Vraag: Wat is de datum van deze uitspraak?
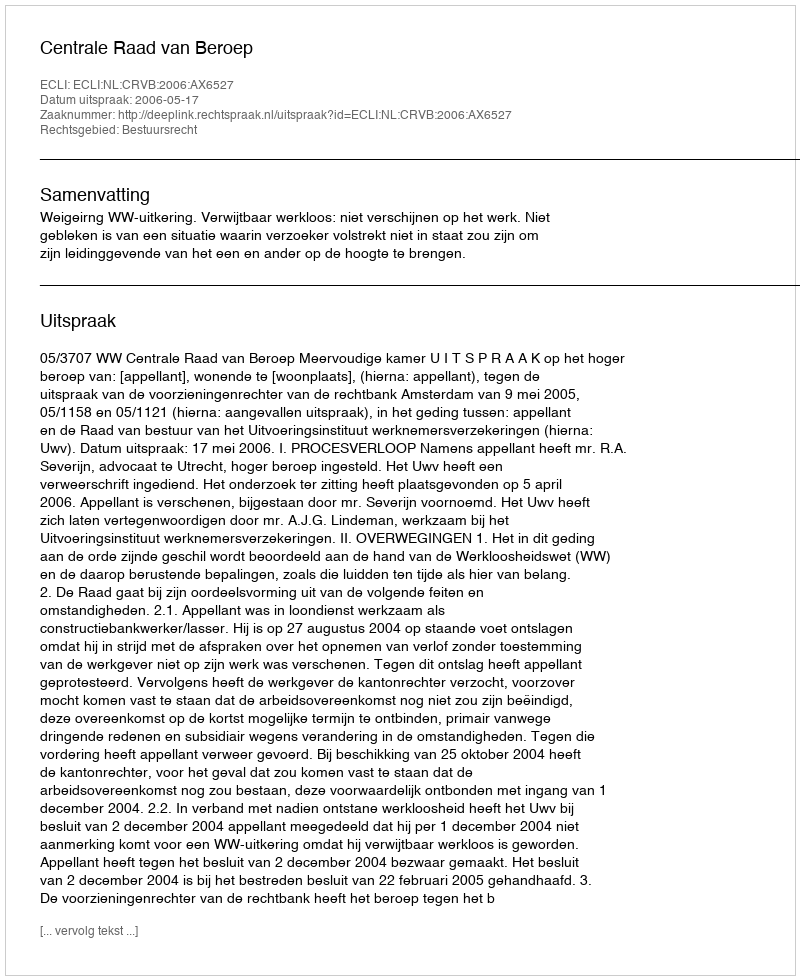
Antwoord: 2006-05-17